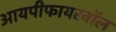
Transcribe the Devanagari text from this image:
आयपीफायरवॉल